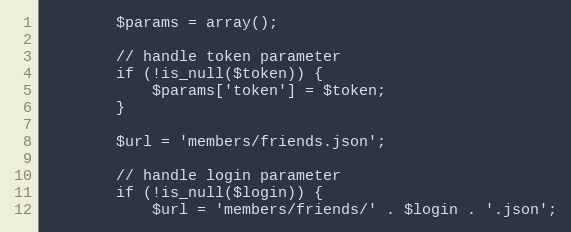
Language: PHP
        $params = array();

        // handle token parameter
        if (!is_null($token)) {
            $params['token'] = $token;
        }

        $url = 'members/friends.json';

        // handle login parameter
        if (!is_null($login)) {
            $url = 'members/friends/' . $login . '.json';